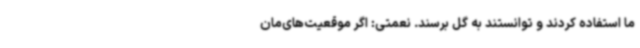
ما استفاده کردند و توانستند به گل برسند. نعمتی: اگر موقعیت‌های‌مان